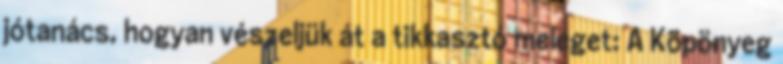
jótanács, hogyan vészeljük át a tikkasztó meleget: A Köpönyeg